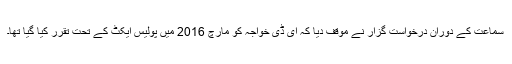
سماعت کے دوران درخواست گزار نے موقف دیا کہ ای ڈی خواجہ کو مارچ 2016 میں پولیس ایکٹ کے تحت تقرر کیا گیا تھا۔